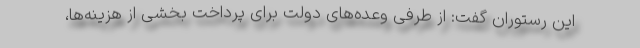
این رستوران گفت: از طرفی وعده‌های دولت برای پرداخت بخشی از هزینه‌ها،